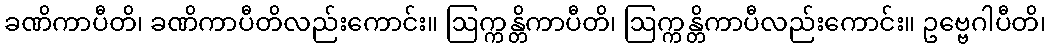
ခဏိကာပီတိ၊ ခဏိကာပီတိလည်းကောင်း။ ဩက္ကန္တိကာပီတိ၊ ဩက္ကန္တိကာပီလည်းကောင်း။ ဥဗ္ဗေဂါပီတိ၊